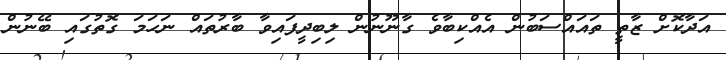
އަދާކޮށް ޒާތީ ތައައްސަބުން އެއްކިބާވެ ގާނޫނުން ލިބިދީފައިވާ ބާރުތައް ނަހަމަ ގޮތުގައި ބޭނުން